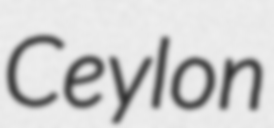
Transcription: Ceylon